NAE_EAA_T-354_Tartu_Tamme_Gumnaasium, lk 99
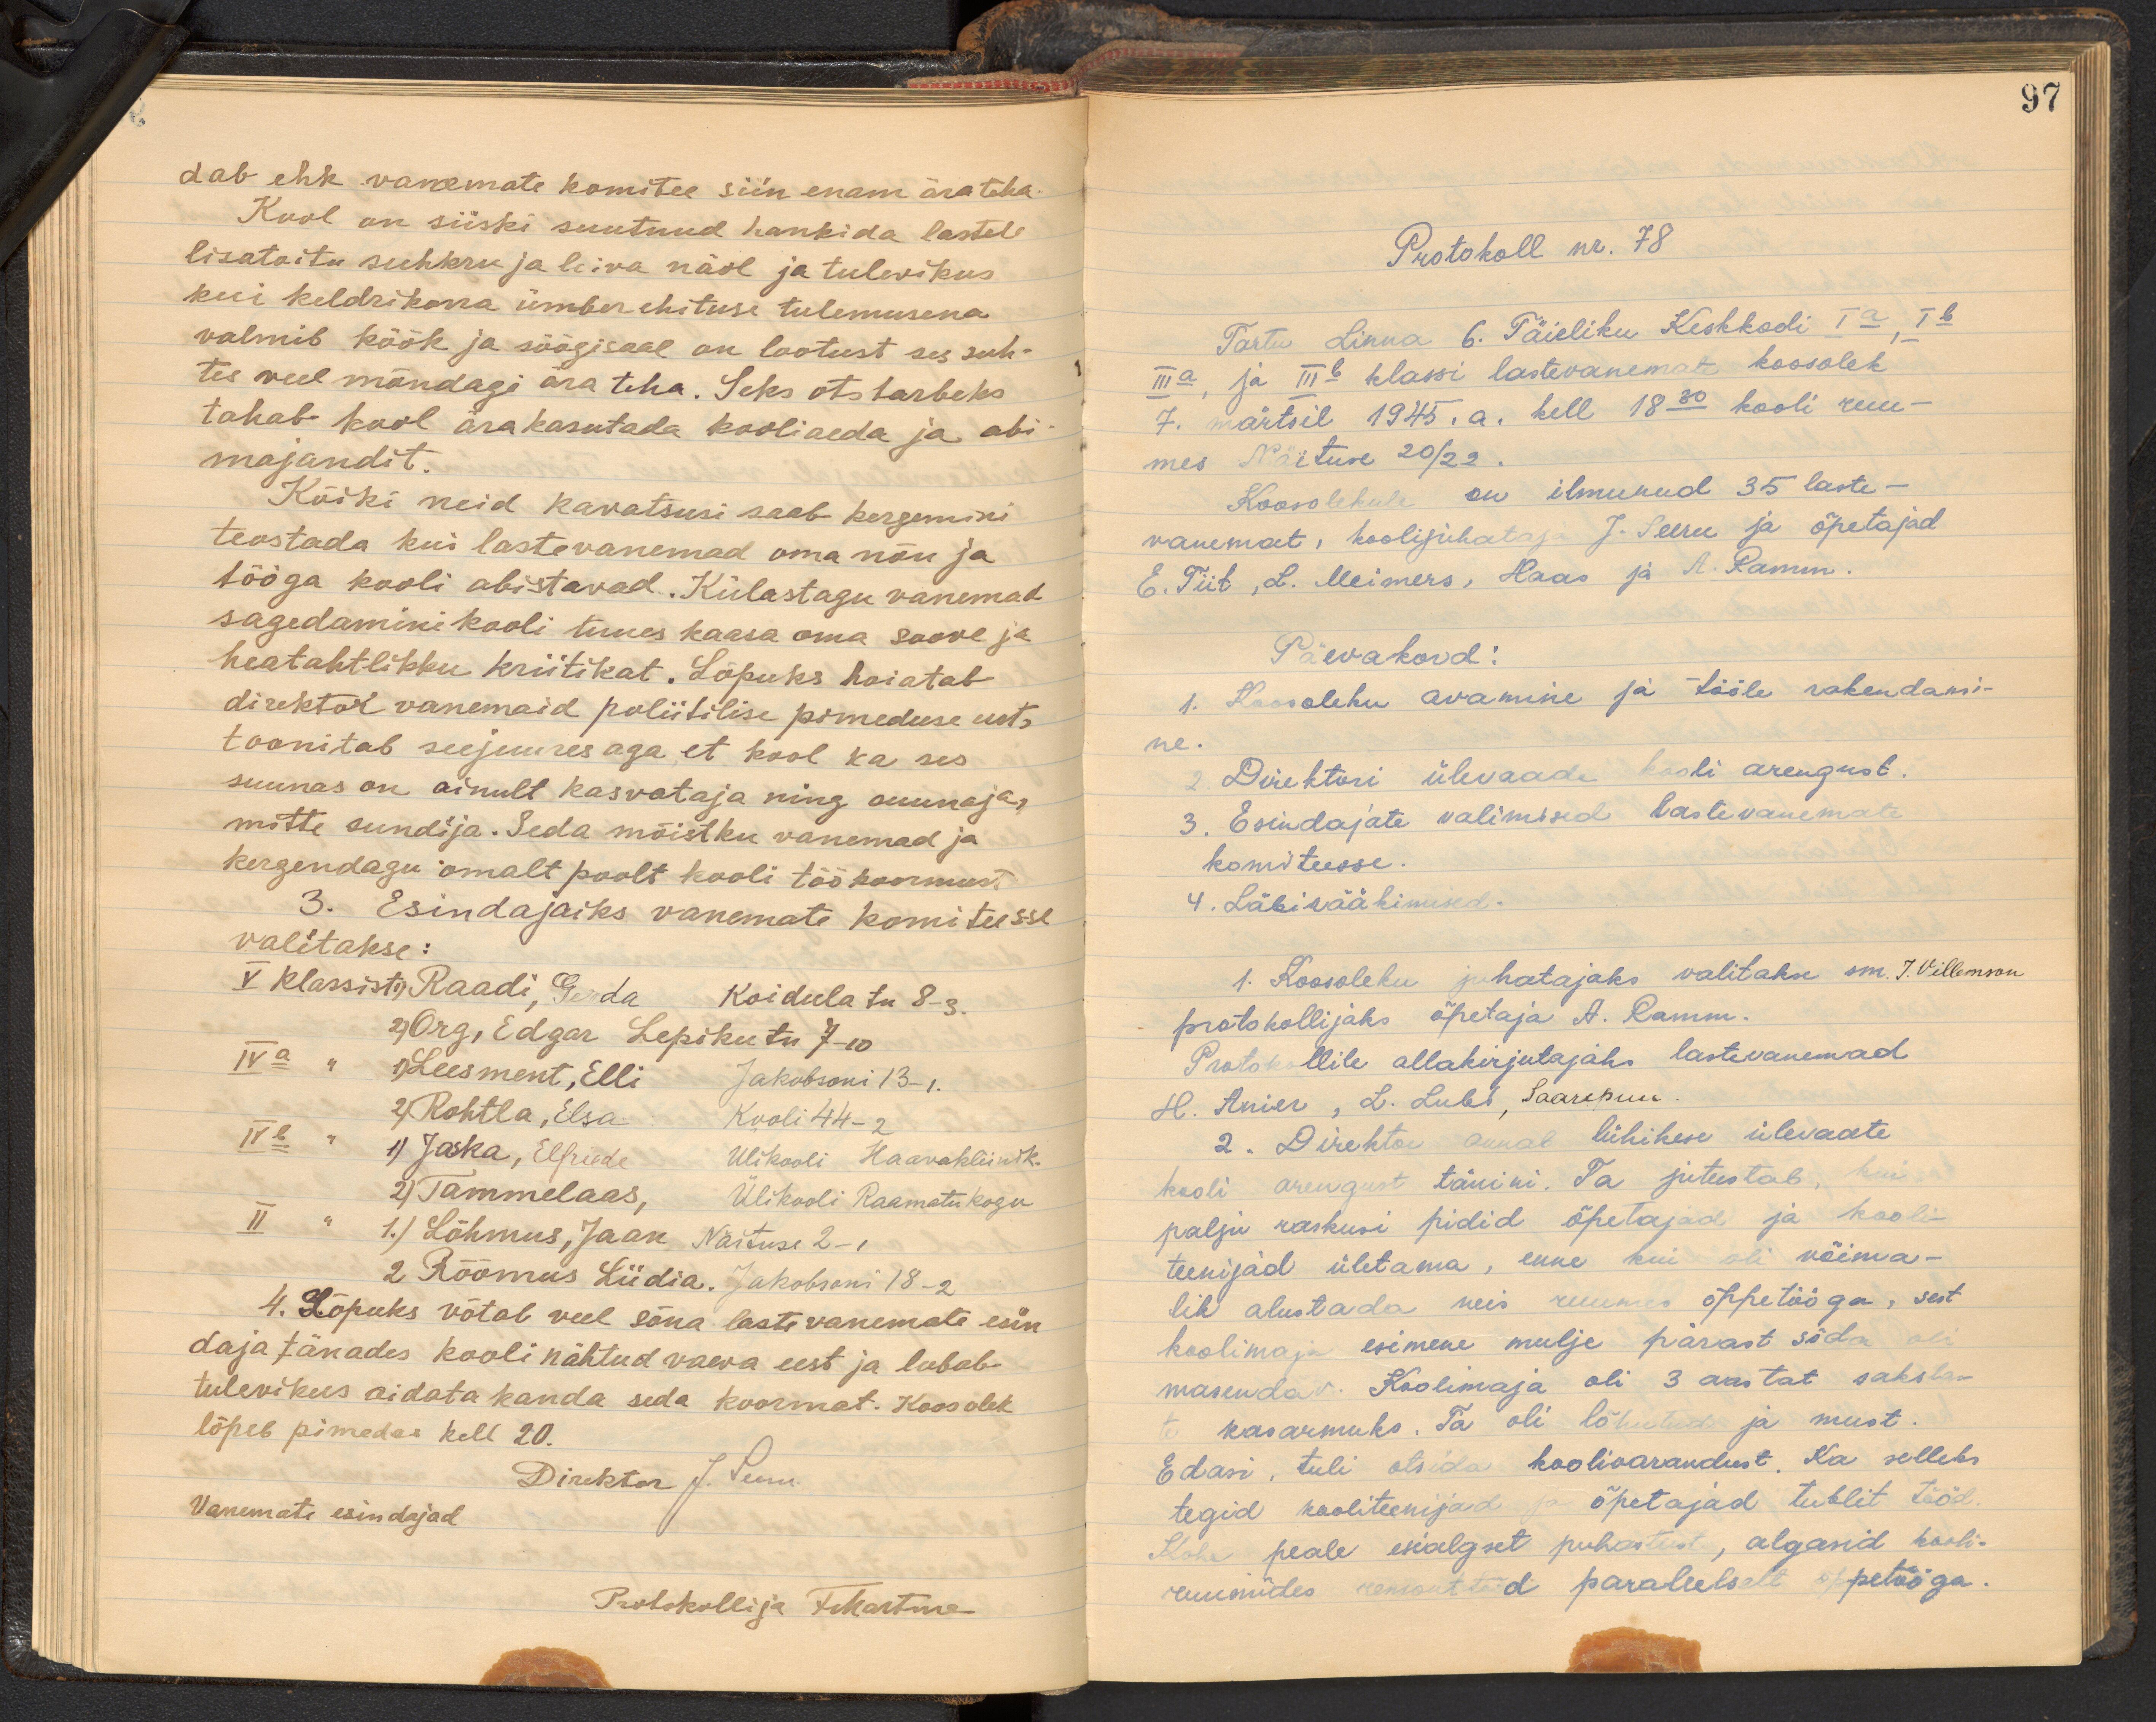
dab ehk vanemate komitee siin enam ära teha.
Kool on siiski suutnud hankida lastele,
lisatoitu suhkru ja leiva näol ja tulevikus
kui keldrikorra ümber ehituse tulemusena.
valmib köök ja söögisaal on lootust ses suh-
tes veel mõndagi ära teha. Seks otstarbeks
tahab kool ärakasutada kooliaeda ja abi-
majandit.
Kõiki neid kavatsusi saab kergemini
teostada kui lastevanemad oma nõu ja
tööga kooli abistavad. Külastagu vanemad
sagedamini kooli tuues kaasa oma soove ja
heatahtlikku kriitikat. Lõpuks hoiatab
direktor vanemaid poliitilise pimeduse eest.
toonitab seejuures aga, et kool ka ses
suunas on ainult kasvataja ning suunaja
mitte sundija. Seda mõistku vanemad ja
kergendagu omalt poolt kooli töökoormust
3. Esindajaiks vanemate komiteesse
valitakse:
V klassist 1) Raadi Gerda, Koidula tn 8-3.
2) Org, Edgar Lepikutu tn 7-10.
IVa " 1) Leesment, Elli Jakobsoni 13-1.
2) Rohtla, Elsa Kooli 44-2
IVb " 1) Jaska, Elfriede Ülikooli Haavakliinik.
2) Tammelaas, Ülikooli Raamatukogu
II " 1.) Lõhmus, Jaan Näituse 2-1
2 Rõõmus Liidia. Jakobsoni 18-2
4. Lõpuks võtab veel sõna lastevanemate esin
daja tänades kooli nähtud vaeva eest ja lubab
tulevikus aidata kanda seda koormat. Koosolek
lõpeb pimedas kell 20.
Direktor J. Peenu
Vanemate esindajad
Protokollija J Martine

97
Protokoll nr. 78
Tartu Linna 6. Täieliku Keskkooli Ia, I b.
IIIa ja IIIb klassi lastevanemate koosolek
7. märtsil 1945. a. kell 18.30 kooli ruu-
mes Näituse 20/22.
Koosolekule on ilmunud 35 laste-
vanemat, koolijuhataja J. Seeru ja õpetajad
E. Tiit, L. Meimers, Haas ja A. Ramm.
Päevakord:
1. Koosoleku avamine ja tööle rakendami-
ne.
2. Direktori ülevaade kooli arengust.
3. Esindajate valimised lastevanemate
komiteesse.
4. Läbivääkimised.
1. Koosoleku juhatajaks valitakse sm. J. Villemson
protokollijaks õpetaja A. Ramm.
Protokollile allakirjutajaks lastevanemad
H. Anier, L. Lubl, Saarepuu.
2. Direktor annal lühikese ülevaate
kooli arengust tänini. Ta jutustab, kui
palju raskusi pidid õpetajad ja kooli-
teenijad ületama, enne kui oli võima-
lik alustada neis ruumes õppetööga, sest
koolimaja esimene mulje pärast sõda on
masendav. Koolimaja oli 3 aastat saksla-
kasarmuks. Ta oli lõhutud ja must.
Edasi, tuli otsida koolivarandust. Ka selleks
tegid kooliteenijad ja õpetajad tublit tööd.
Kohe peale esialgset puhastust, algasid kooli-
ruumides remonttööd paralleelselt õppetööga.